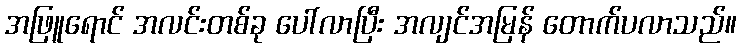
အဖြူရောင် အလင်းတစ်ခု ပေါ်လာပြီး အလျင်အမြန် တောက်ပလာသည်။